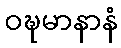
ဝဍ္ဎမာနာနံ